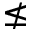
\nleq